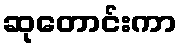
ဆုတောင်းကာ